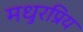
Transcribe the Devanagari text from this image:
मधुरप्रिय